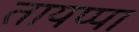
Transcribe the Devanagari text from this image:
तायप्पा